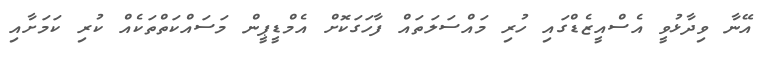
އޭނާ ވިދާޅުވީ އެސްއީޒެޑްގައި ހުރި މައްސަލަތައް ފާހަގަކޮށް އެމްޑީޕީން މަސައްކަތްތަކެއް ކުރި ކަމަށާއި